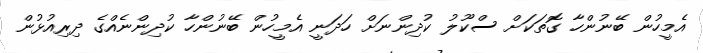
އެމީހުން ބޭނުންހާ ގޮތަކަށް ސްކޫލު ކުދިންނަަށް ހަަދަނީ އެމީހުން ބޭނުންހާ ކުދިންނެއްގެ ދިރިއުޅުން